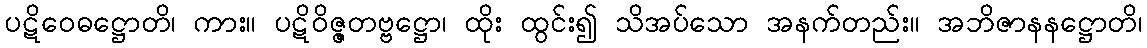
ပဋိဝေဓဋ္ဌောတိ၊ ကား။ ပဋိဝိဇ္ဇတဗ္ဗဋ္ဌော၊ ထိုး ထွင်း၍ သိအပ်သော အနက်တည်း။ အဘိဇာနနဋ္ဌောတိ၊